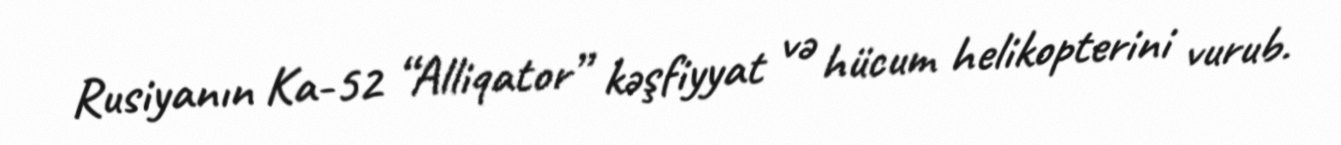
Rusiyanın Ka-52 “Alliqator” kəşfiyyat və hücum helikopterini vurub.